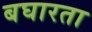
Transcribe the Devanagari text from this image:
बघारता